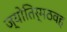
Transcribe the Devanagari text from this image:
ज्योतिर्मठवह